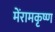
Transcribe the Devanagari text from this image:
मेंरामकृष्ण